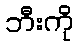
ဘီးကို